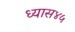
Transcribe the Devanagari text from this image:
ध्यास४५